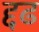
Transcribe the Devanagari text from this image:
द्दढ